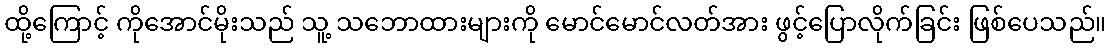
ထို့ကြောင့် ကိုအောင်မိုးသည် သူ့ သဘောထားများကို မောင်မောင်လတ်အား ဖွင့်ပြောလိုက်ခြင်း ဖြစ်ပေသည်။